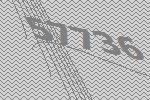
57736